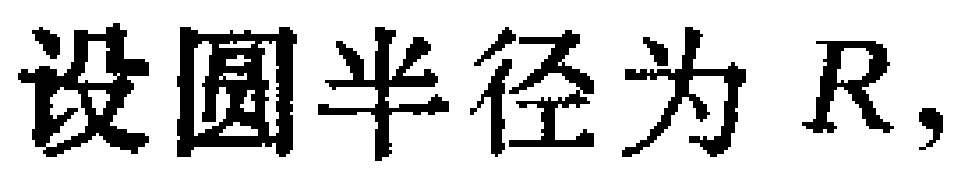
设圆半径为 \(R\)，